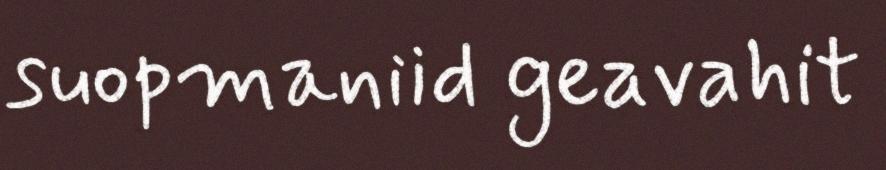
suopmaniid geavahit